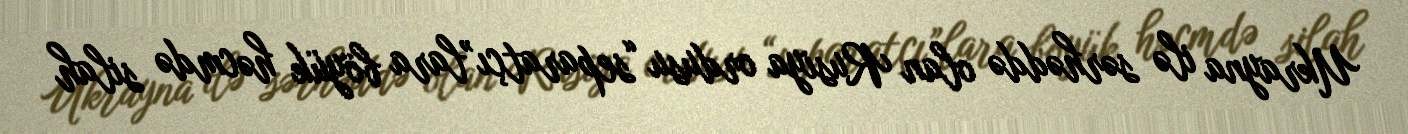
Ukrayna ilə sərhəddə olan Rusiya ordusu “separatçı”lara böyük həcmdə silah